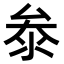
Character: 𭆞